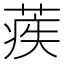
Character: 𦶱